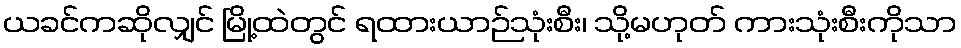
ယခင်ကဆိုလျှင် မြို့ထဲတွင် ရထားယာဉ်သုံးစီး၊ သို့မဟုတ် ကားသုံးစီးကိုသာ